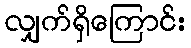
လျှက်ရှိကြောင်း